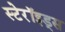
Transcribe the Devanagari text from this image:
स्टेरॉइड्स